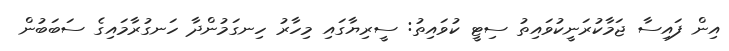
އިން ފައިސާ ޖަމާކުރަނީކުވައިތު ސިޓީ ކުވައިތު: ސީރިޔާގައި މިހާރު ހިނގަމުންދާ ހަނގުރާމައިގެ ސަބަބުން